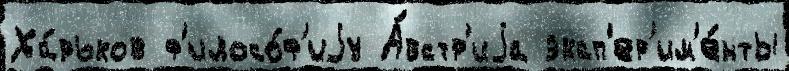
Ха́рьков ф'илосо́ф'иjу А́встр'иjа эксп'ер'им'е́нты